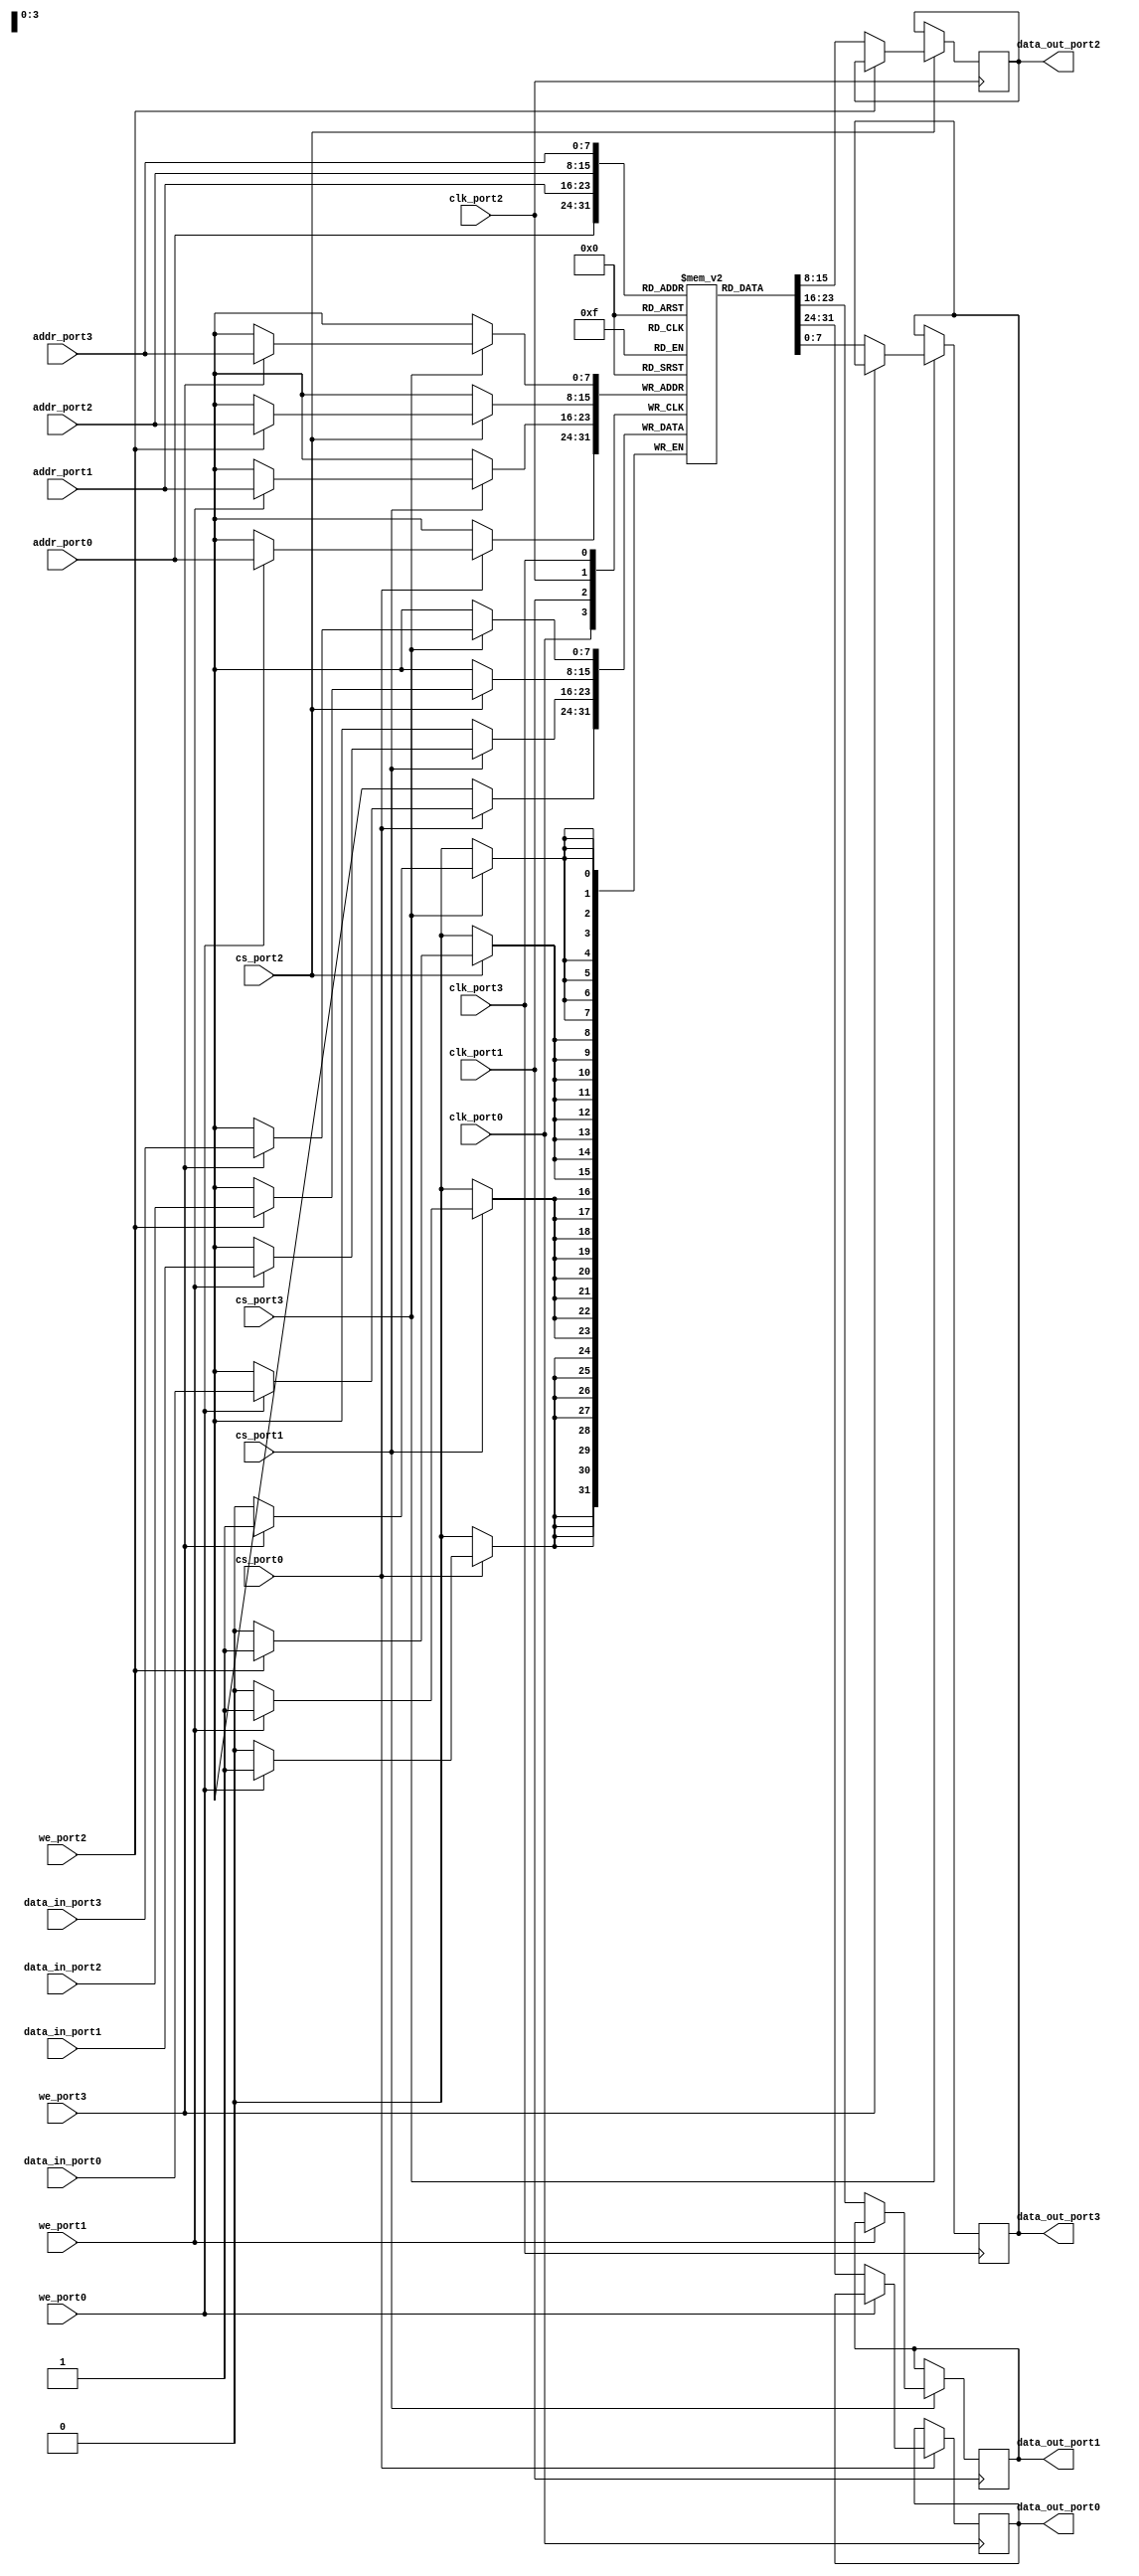
module quad_port_sram #(
    parameter DATA_WIDTH = 8,     // Width of each data word
    parameter ADDR_WIDTH = 8,     // Width of address bus
    parameter MEM_SIZE = 256       // Total memory size (2^ADDR_WIDTH)
)(
    input wire clk_port0,
    input wire clk_port1,
    input wire clk_port2,
    input wire clk_port3,
    
    // Port 0
    input wire [ADDR_WIDTH-1:0] addr_port0,
    input wire [DATA_WIDTH-1:0] data_in_port0,
    input wire we_port0,
    input wire cs_port0,
    output reg [DATA_WIDTH-1:0] data_out_port0,
    
    // Port 1
    input wire [ADDR_WIDTH-1:0] addr_port1,
    input wire [DATA_WIDTH-1:0] data_in_port1,
    input wire we_port1,
    input wire cs_port1,
    output reg [DATA_WIDTH-1:0] data_out_port1,
    
    // Port 2
    input wire [ADDR_WIDTH-1:0] addr_port2,
    input wire [DATA_WIDTH-1:0] data_in_port2,
    input wire we_port2,
    input wire cs_port2,
    output reg [DATA_WIDTH-1:0] data_out_port2,
    
    // Port 3
    input wire [ADDR_WIDTH-1:0] addr_port3,
    input wire [DATA_WIDTH-1:0] data_in_port3,
    input wire we_port3,
    input wire cs_port3,
    output reg [DATA_WIDTH-1:0] data_out_port3
);

    // Memory array declaration
    reg [DATA_WIDTH-1:0] memory [0:MEM_SIZE-1];

    // Port 0 logic
    always @(posedge clk_port0) begin
        if (cs_port0) begin
            if (we_port0) begin
                memory[addr_port0] <= data_in_port0; // Write operation
            end else begin
                data_out_port0 <= memory[addr_port0]; // Read operation
            end
        end
    end

    // Port 1 logic
    always @(posedge clk_port1) begin
        if (cs_port1) begin
            if (we_port1) begin
                memory[addr_port1] <= data_in_port1; // Write operation
            end else begin
                data_out_port1 <= memory[addr_port1]; // Read operation
            end
        end
    end

    // Port 2 logic
    always @(posedge clk_port2) begin
        if (cs_port2) begin
            if (we_port2) begin
                memory[addr_port2] <= data_in_port2; // Write operation
            end else begin
                data_out_port2 <= memory[addr_port2]; // Read operation
            end
        end
    end

    // Port 3 logic
    always @(posedge clk_port3) begin
        if (cs_port3) begin
            if (we_port3) begin
                memory[addr_port3] <= data_in_port3; // Write operation
            end else begin
                data_out_port3 <= memory[addr_port3]; // Read operation
            end
        end
    end

endmodule